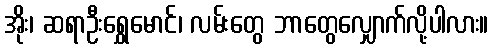
အိုး၊ ဆရာဦးရွှေမောင်၊ လမ်းတွေ ဘာတွေလျှောက်လို့ပါလား။